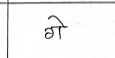
मजकूर: गे